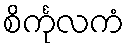
စိင်္ကုလကံ